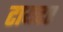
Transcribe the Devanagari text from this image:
टायटर